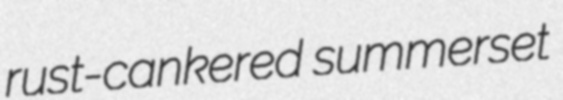
rust-cankered summerset